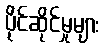
ပိုင်ဆိုင်မှုများ